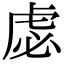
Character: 虙